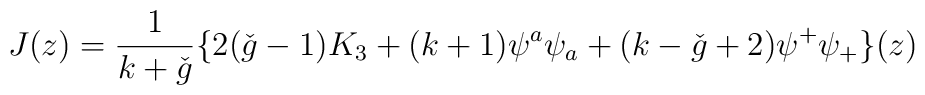
J(z) = \frac{1}{k+ \check{g}} \{ 2(\check{g} - 1) K_{3}  + (k+1)\psi^{a}  \psi_{a} + (k- \check{g}+2) \psi^{+} \psi_{+} \}(z)